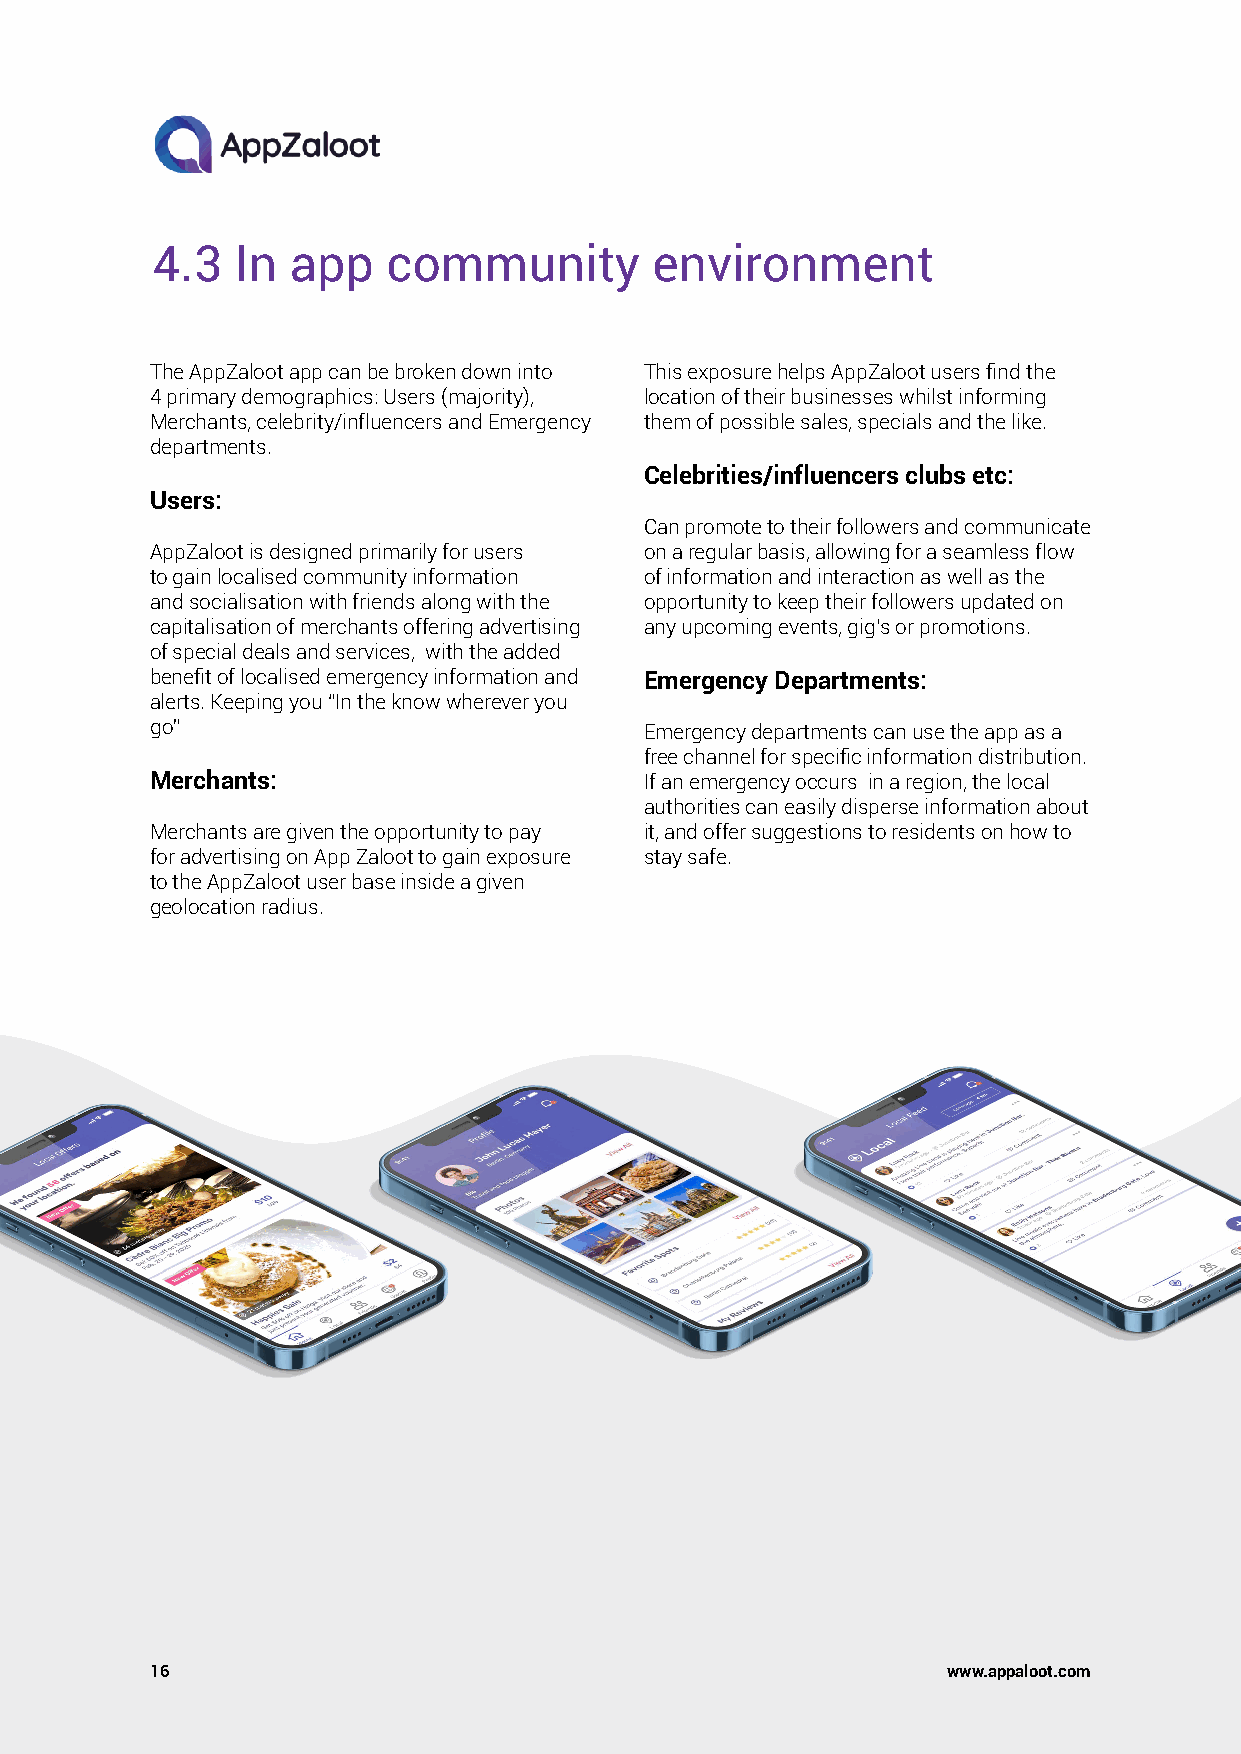
4.3   In app    community        environment
 The AppZaloot app can be broken down into This exposure helps AppZaloot users find the
 4 primary demographics: Users (majority), location of their businesses whilst informing
 Merchants, celebrity/influencers and Emergency them of possible sales, specials and the like.
 departments.
 Celebrities/influencers clubs etc:
 Users:
 Can promote to their followers and communicate
 AppZaloot is designed primarily for users on a regular basis, allowing for a seamless flow
 to gain localised community information of information and interaction as well as the
 and socialisation with friends along with the opportunity to keep their followers updated on
 capitalisation of merchants offering advertising any upcoming events, gig’s or promotions.
 of special deals and services, with the added
 benefit of localised emergency information and Emergency Departments:
 alerts. Keeping you “In the know wherever you
 go”                              Emergency departments can use the app as a
 free channel for specific information distribution.
 Merchants:                       If an emergency occurs in a region, the local
 authorities can easily disperse information about
 Merchants are given the opportunity to pay it, and offer suggestions to residents on how to
 for advertising on App Zaloot to gain exposure stay safe.
 to the AppZaloot user base inside a given
 geolocation radius.
 16                                                   www.appaloot.com